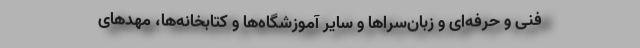
فنی و حرفه‌ای و زبان‌سراها و سایر آموزشگاه‌ها و کتابخانه‌ها، مهدهای